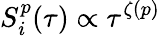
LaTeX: S_{i}^{p}(\tau)\propto\tau^{\zeta(p)}